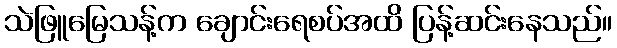
သဲဖြူမြေသန့်က ချောင်းရေစပ်အထိ ပြန့်ဆင်းနေသည်။